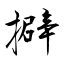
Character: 擗